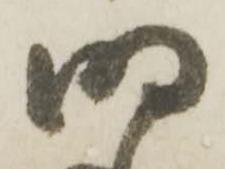
明